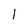
Character: 1